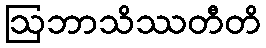
ဩဘာသိဿတီတိ